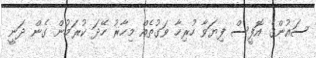
ސައުންގެ އޮފީސް ފިޔަވާ ހުރިހާ ވަގުތެއް މިހާރު ހޭދަ ކުރަމުން ގެން ދަނީ